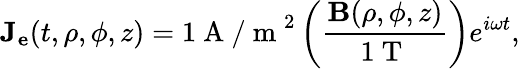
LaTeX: \mathbf{J_{e}}(t,\rho,\phi,z)=1\mathrm{~A~/~m~}^{2}\left(\frac{\mathbf{B}(\rho,\phi,z)}{1\mathrm{~T~}}\right)e^{i\omega t},